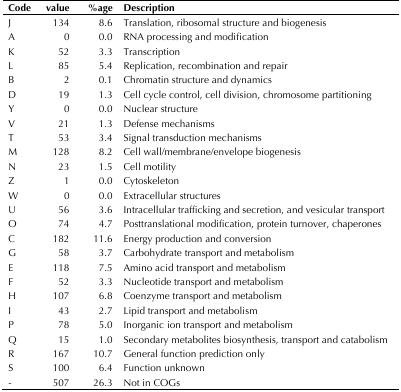
<table><thead><tr><td><b>Code</b></td><td><b>value</b></td><td><b>%age</b></td><td><b>Description</b></td></tr></thead><tbody><tr><td>J</td><td>134</td><td>8.6</td><td>Translation, ribosomal structure and biogenesis</td></tr><tr><td>A</td><td>0</td><td>0.0</td><td>RNA processing and modification</td></tr><tr><td>K</td><td>52</td><td>3.3</td><td>Transcription</td></tr><tr><td>L</td><td>85</td><td>5.4</td><td>Replication, recombination and repair</td></tr><tr><td>B</td><td>2</td><td>0.1</td><td>Chromatin structure and dynamics</td></tr><tr><td>D</td><td>19</td><td>1.3</td><td>Cell cycle control, cell division, chromosome partitioning</td></tr><tr><td>Y</td><td>0</td><td>0.0</td><td>Nuclear structure</td></tr><tr><td>V</td><td>21</td><td>1.3</td><td>Defense mechanisms</td></tr><tr><td>T</td><td>53</td><td>3.4</td><td>Signal transduction mechanisms</td></tr><tr><td>M</td><td>128</td><td>8.2</td><td>Cell wall/membrane/envelope biogenesis</td></tr><tr><td>N</td><td>23</td><td>1.5</td><td>Cell motility</td></tr><tr><td>Z</td><td>1</td><td>0.0</td><td>Cytoskeleton</td></tr><tr><td>W</td><td>0</td><td>0.0</td><td>Extracellular structures</td></tr><tr><td>U</td><td>56</td><td>3.6</td><td>Intracellular trafficking and secretion, and vesicular transport</td></tr><tr><td>O</td><td>74</td><td>4.7</td><td>Posttranslational modification, protein turnover, chaperones</td></tr><tr><td>C</td><td>182</td><td>11.6</td><td>Energy production and conversion</td></tr><tr><td>G</td><td>58</td><td>3.7</td><td>Carbohydrate transport and metabolism</td></tr><tr><td>E</td><td>118</td><td>7.5</td><td>Amino acid transport and metabolism</td></tr><tr><td>F</td><td>52</td><td>3.3</td><td>Nucleotide transport and metabolism</td></tr><tr><td>H</td><td>107</td><td>6.8</td><td>Coenzyme transport and metabolism</td></tr><tr><td>I</td><td>43</td><td>2.7</td><td>Lipid transport and metabolism</td></tr><tr><td>P</td><td>78</td><td>5.0</td><td>Inorganic ion transport and metabolism</td></tr><tr><td>Q</td><td>15</td><td>1.0</td><td>Secondary metabolites biosynthesis, transport and catabolism</td></tr><tr><td>R</td><td>167</td><td>10.7</td><td>General function prediction only</td></tr><tr><td>S</td><td>100</td><td>6.4</td><td>Function unknown</td></tr><tr><td>-</td><td>507</td><td>26.3</td><td>Not in COGs</td></tr></tbody></table>